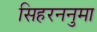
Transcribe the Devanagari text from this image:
सिहरननुमा